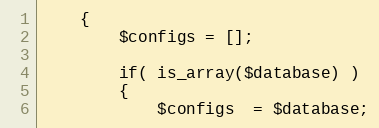
Language: PHP
    {
        $configs = [];

        if( is_array($database) )
        {
            $configs  = $database;